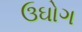
ઉઘોગ